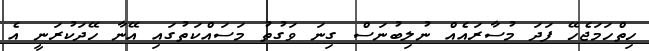
ހިތްހަމަޖެހޭ ފަދަ މުސާރައެއް ނުލިބުނަސް ގިނަ ވަގުތު މަސައްކަތުގައި އޭނާ ހޭދަކުރަނީ އެ